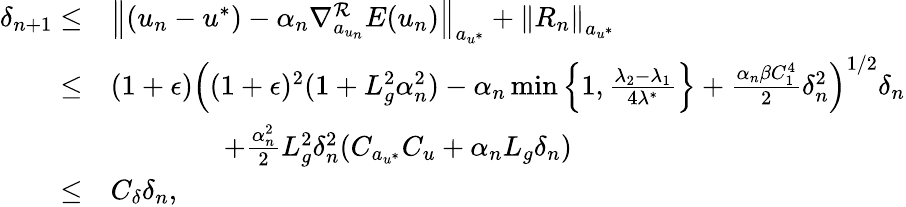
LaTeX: \begin{array}{rl}{\delta_{n+1}\leq}&{\left\Vert(u_{n}-u^{*})-\alpha_{n}\nabla_{a_{u_{n}}}^{\mathcal{R}}E(u_{n})\right\Vert_{a_{u^{*}}}+\left\Vert R_{n}\right\Vert_{a_{u^{*}}}}\\ {\leq}&{(1+\epsilon)\left((1+\epsilon)^{2}(1+L_{g}^{2}\alpha_{n}^{2})-\alpha_{n}\operatorname*{min}\left\{ 1,\frac{\lambda_{2}-\lambda_{1}}{4\lambda^{*}}\right\} +\frac{\alpha_{n}\beta C_{1}^{4}}{2}\delta_{n}^{2}\right)^{1/2}\delta_{n}}\\ &{\qquad\qquad+\frac{\alpha_{n}^{2}}{2}L_{g}^{2}\delta_{n}^{2}(C_{a_{u^{*}}}C_{u}+\alpha_{n}L_{g}\delta_{n})}\\ {\leq}&{C_{\delta}\delta_{n},}\end{array}